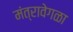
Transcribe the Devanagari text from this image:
मंत्रावेगळा